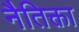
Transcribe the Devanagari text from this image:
नैतिक्ता